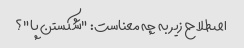
اصطلاح زیر به چه معناست: "شکستن پا"؟